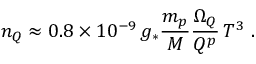
n _ { Q } \approx 0 . 8 \times 1 0 ^ { - 9 } \, g _ { \ast } \frac { m _ { p } } { M } \frac { \Omega _ { Q } } { Q ^ { p } } \, T ^ { 3 } \; .